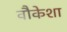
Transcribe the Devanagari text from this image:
वौकेशा